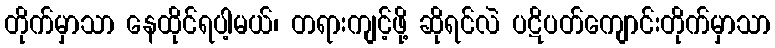
တိုက်မှာသာ နေထိုင်ရပါ့မယ်၊ တရားကျင့်ဖို့ ဆိုရင်လဲ ပဋိပတ်ကျောင်းတိုက်မှာသာ